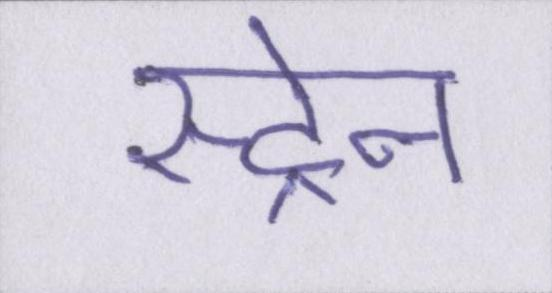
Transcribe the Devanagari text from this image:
स्ट्रेन